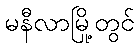
မနီလာမြို့တွင်